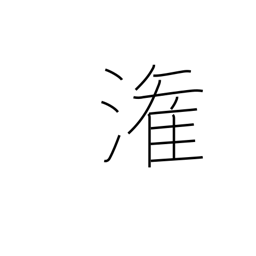
Meaning: pour into